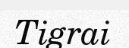
Tigrai